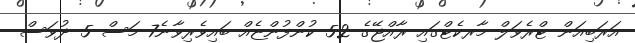
އަރަބިއަން ޓްރެވަލް މާރކެޓްގައި ރާއްޖޭގެ 52 ކުންފުންޏެއް ބައިވެރިވާނެ7 މަސް 5 ދުވަސް